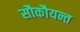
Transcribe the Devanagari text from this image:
सौकौयन्त